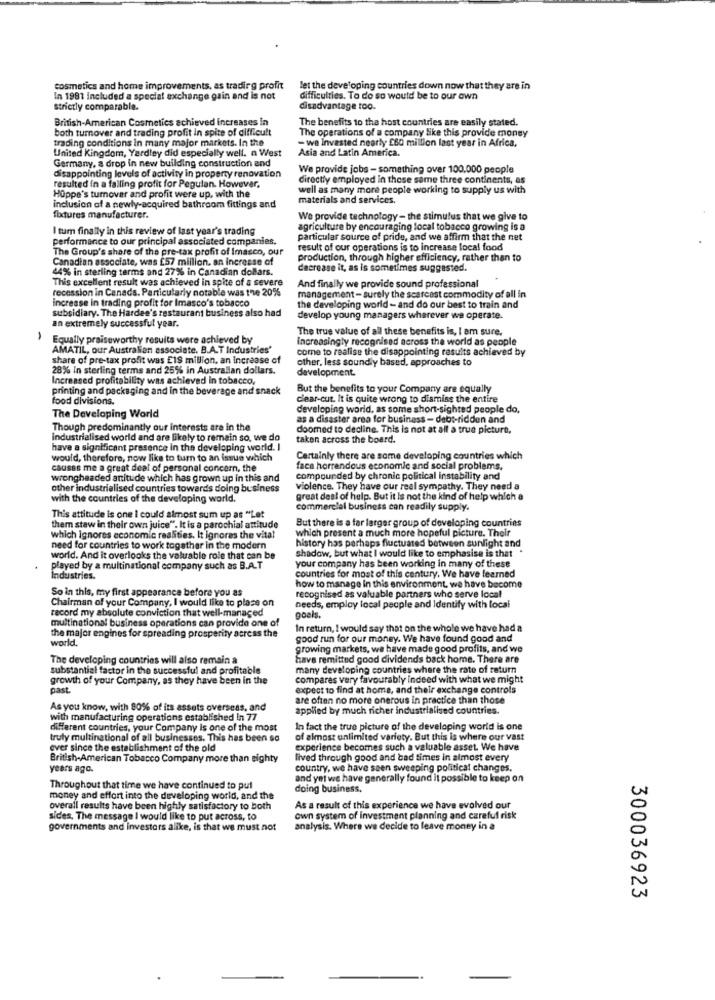
cosmetics and home improvements, as tradirg profit
let the developing countries down now that they are in
In 1981 included a special exchange gain and is not
difficulties. To do so would be to our own
strictly comparable.
disadvantage too.
British-American Cosmetics achieved Increases In
The benefits to the host countries are easily stated.
both turnover and trading profit in spite of difficult
The operations of a company like this provide money
trading conditions in many major markets. In the
United Kingdom, Yardley did especially well. n West
- we Invested nearly £60 million last year in Africa,
Asia and Latin America.
Germany, a drop in new building construction and
We provide jobs - something over 100.000 people
disappointing levels of activity in property renovation
directly employed in these same three continents, as
resulted in a falling profit for Pegulan. However,
well as many more people working to supply us with
Hoppe's turnover and profit were up, with the
materials and services.
inclusion of a newly-acquired bathroom fittings and
fixtures manufacturer.
We provide technology - the stimulus that we give to
I turn finally in this review of last year's trading
agriculture by encouraging local tobacco growing is a
performance to our principal associated companies.
particular source of pride, and we affirm that the net
The Group's share of the pre-tax profit of Imasco, our
result of our operations is to increase local food
Canadian associate, was £57 million. an increase of
production, through higher efficiency, rather than to
44% in sterling terms and 27% in Canadian dollars.
decrease it, as is sometimes suggested.
This excellent result was achieved in spite of a severe
And finally we provide sound professional
recession in Canada. Particularly notable was the 20%
increase in trading profit for Imasco's tobacco
management - surely the scarcast commodity of all in
subsidiary. The Hardee's restaurant business also had
the developing world - and do our best to train and
develop young managers wherever we operate.
an extremely successful year.
The true value of all these benefits is, I am sure.
Equally praiseworthy results were achieved by
increasingly recognised across the world as people
AMATIL, our Australian associate. B.A.T Industries'
come to realise the disappointing results achieved by
share of pre-tax profit was E18 million, an increase of
other, less soundly based, approaches to
28% In sterling terms and 25% in Australian dollars.
development.
Increased profitability was achieved in tobacco,
printing and packaging and in the beverage and snack
But the benefits to your Company are equally
food divisions.
c'ear-cut. It is quite wrong to dismiss the entire
developing world, as some short-sighted people do.
The Developing World
as a disaster area for business - debt-ridden and
Though predominantly our interests are in the
doomed to decline. This is not at all a true picture,
industrialised world and are likely to remain so, we do
taken across the board.
have a significant presence in the developing world. J
would, therefore, now like to turn to an issue which
Certainly there are some developing countries which
causes me a great deal of personal concern, the
face horrendous economic and social problems,
wrongheaded anitude which has grown up in this and
compounded by chronic political instability and
other industrialised countries towards doing business
violence. They have our real sympathy. They need a
with the countries of the developing world.
great deal of help. But it Is not the kind of help which a
commercial business can readily supply.
This attitude is one I could almost sum up as "Let
But there is a far larger group of developing countries
them staw in their own juice". It is a parochial attitude
which present a much more hopeful picture. Their
which Ignores economic realities. It ignoras the vital
history has perhaps fluctuated between sunlight and
need for countries to work togather in the modern
shadow, but what I would like to emphasise is that
world. And it overlooks the valuable role that can be
played by a multinational company such as B.A.T
your company has been working in many of these
Industries.
countries for most of this century. We have learned
So in this, my first appearance before you as
how to manage in this environment, we have become
Chairman of your Company, I would like to plass on
recognised as valuable partners who serve local
record my absolute conviction that well-managed
needs, employ local people and Identify with local
multinational business operations can provide one of
goals.
the major engines for spreading prosperity across the
In return, I would say that on the whole we have had a
world.
good run for our money. We have found good and
growing markets, we have made good profits, and we
The developing countries will also remain a
have remitted good dividends back home. There are
substantial factor in the successful and profitable
many developing countries where the rate of return
growth of your Company, as they have been in the
compares very favourably indeed with what we might
past.
expect to find at home, and their exchange controls
are often no more onerous in practice than those
As you know, with 80% of its assets overseas, and
applied by much richer industrialised countries.
with manufacturing operations established In 77
different countries, your Company is one of the most
In fact the true picture of the developing world is one
truly multinational of all businesses. This has been so
of almost unlimited variety. But this is where our vast
ever since the establishment of the old
experience becomes such a valuable asset. We have
British-American Tobacco Company more than sighty
lived through good and bad times in almost every
years ago.
country, we have seen sweeping politicat changes.
and yet we have generally found it possible to keep on
Throughout that time we have continued to put
doing business.
money and effort into the developing world, and the
overall results have been highly satisfactory to both
As a result of this experience we have evolved our
sides. The message I would like to put across, to
own system of Investment planning and careful risk
governments and investors alike, is that we must not
analysis. Where we decide to leave money in a
300036923